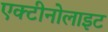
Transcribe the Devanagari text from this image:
एक्टीनोलाइट